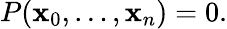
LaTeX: P(\mathbf{x}_{0},\ldots,\mathbf{x}_{n})=0.